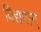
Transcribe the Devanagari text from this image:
विद्यमान्